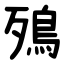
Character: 殦